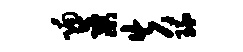
喃蕖失琉